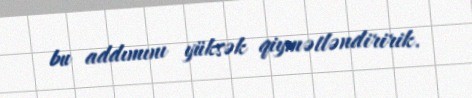
bu addımını yüksək qiymətləndiririk.